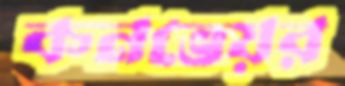
কনভেয়র